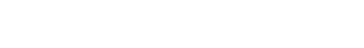
ဖြစ်ချေ၏တကား။ ။ ခုတ်တလွဲ ပြတ်တလွဲ (၉)